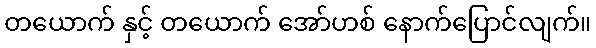
တယောက် နှင့် တယောက် အော်ဟစ် နောက်ပြောင်လျက်။